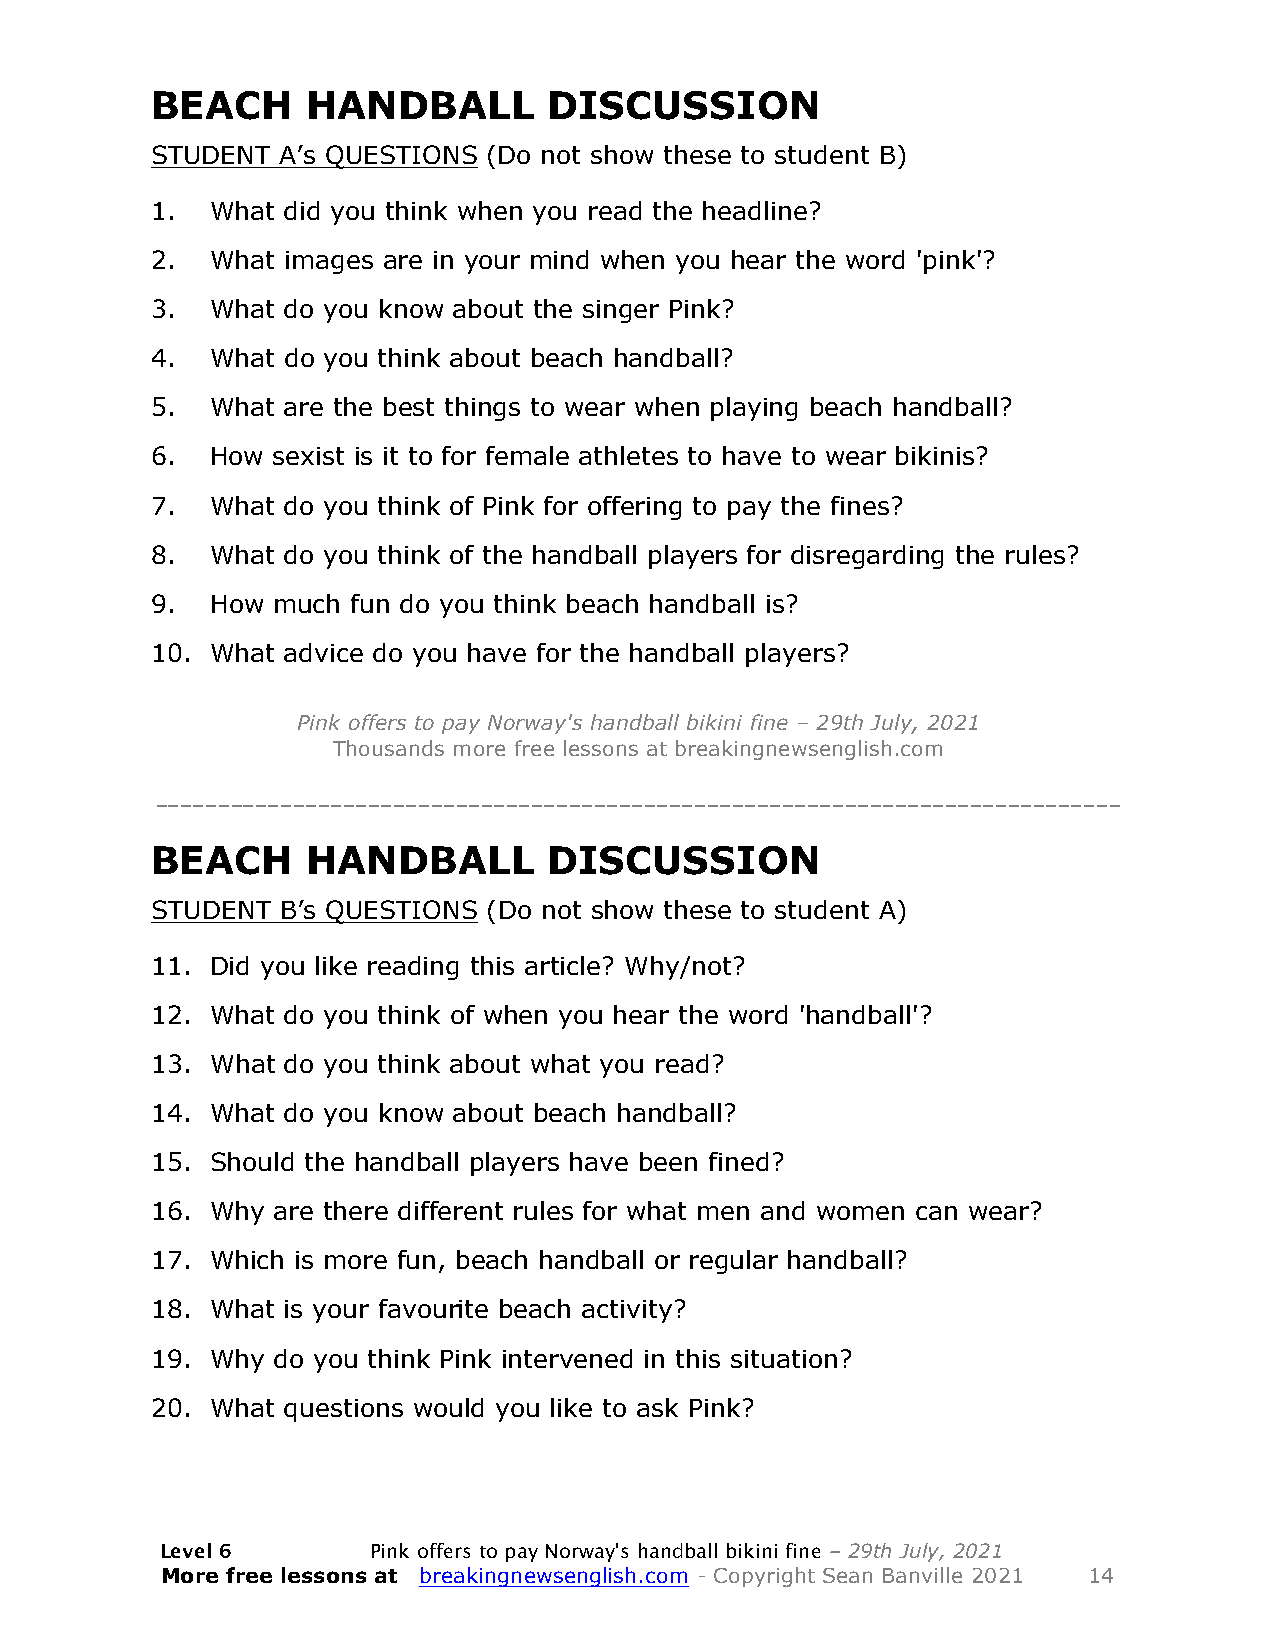
BEACH     HANDBALL        DISCUSSION
 STUDENT  A’s QUESTIONS (Do not show these to student B)
 1.  What did you think when you read the headline?
 2.  What images are in your mind when you hear the word 'pink'?
 3.  What do you know about the singer Pink?
 4.  What do you think about beach handball?
 5.  What are the best things to wear when playing beach handball?
 6.  How sexist is it to for female athletes to have to wear bikinis?
 7.  What do you think of Pink for offering to pay the fines?
 8.  What do you think of the handball players for disregarding the rules?
 9.  How much fun do you think beach handball is?
 10. What advice do you have for the handball players?
 Pink offers to pay Norway's handball bikini fine – 29th July, 2021
 Thousands more free lessons at breakingnewsenglish.com
 -----------------------------------------------------------------------------
 BEACH     HANDBALL        DISCUSSION
 STUDENT  B’s QUESTIONS (Do not show these to student A)
 11. Did you like reading this article? Why/not?
 12. What do you think of when you hear the word 'handball'?
 13. What do you think about what you read?
 14. What do you know about beach handball?
 15. Should the handball players have been fined?
 16. Why are there different rules for what men and women can wear?
 17. Which is more fun, beach handball or regular handball?
 18. What is your favourite beach activity?
 19. Why do you think Pink intervened in this situation?
 20. What questions would you like to ask Pink?
 Level 6      Pink offers to pay Norway's handball bikini fine – 29th July, 2021
 More free lessons at breakingnewsenglish.com - Copyright Sean Banville 2021 14